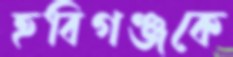
হবিগঞ্জকে